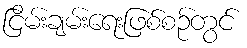
ငြိမ်းချမ်းရေးဖြစ်စဉ်တွင်